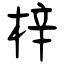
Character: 梓